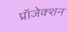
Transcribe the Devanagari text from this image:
प्रॉजेक्शन